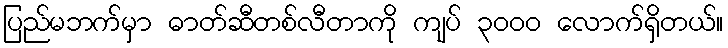
ပြည်မဘက်မှာ ဓာတ်ဆီတစ်လီတာကို ကျပ် ၃၀၀၀ လောက်ရှိတယ်။